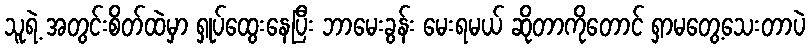
သူရဲ့ အတွင်းစိတ်ထဲမှာ ရှုပ်ထွေးနေပြီး ဘာမေးခွန်း မေးရမယ် ဆိုတာကိုတောင် ရှာမတွေ့သေးတာပဲ